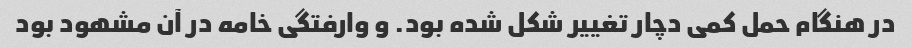
در هنگام حمل کمی دچار تغییر شکل شده بود. و وارفتگی خامه در آن مشهود بود